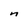
Character: n